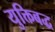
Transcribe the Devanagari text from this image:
युक्तिबद्ध